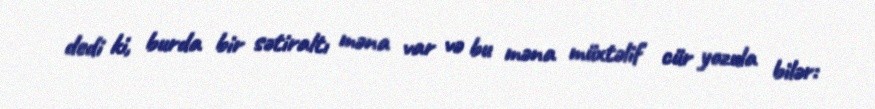
dedi ki, burda bir sətiraltı məna var və bu məna müxtəlif cür yozula bilər: